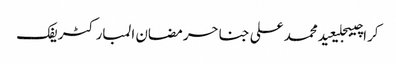
کراچیبجلیعیدمحمد علی جناحرمضان المبارکٹریفک